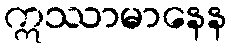
ဣဿာမာနေန